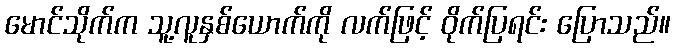
မောင်သိုက်က သူ့လူနှစ်ယောက်ကို လက်ဖြင့် ဝိုက်ပြရင်း ပြောသည်။